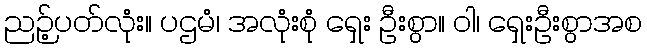
ညဉ့်ပတ်လုံး။ ပဌမံ၊ အလုံးစုံ ရှေး ဦးစွာ။ ဝါ၊ ရှေးဦးစွာအစ